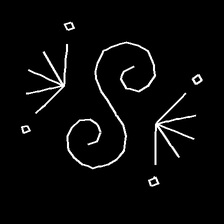
Glyph: aeroform